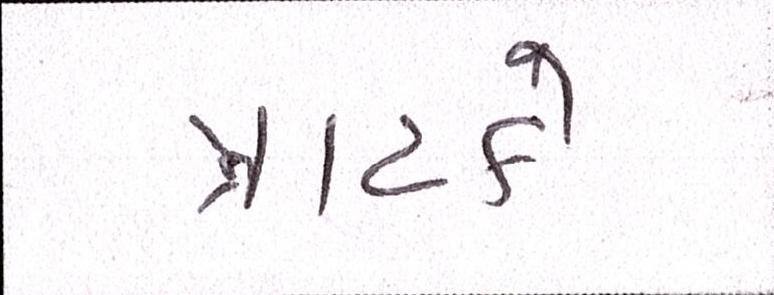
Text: ત્રાટકે